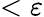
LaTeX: <\varepsilon